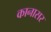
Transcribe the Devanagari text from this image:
कानासर